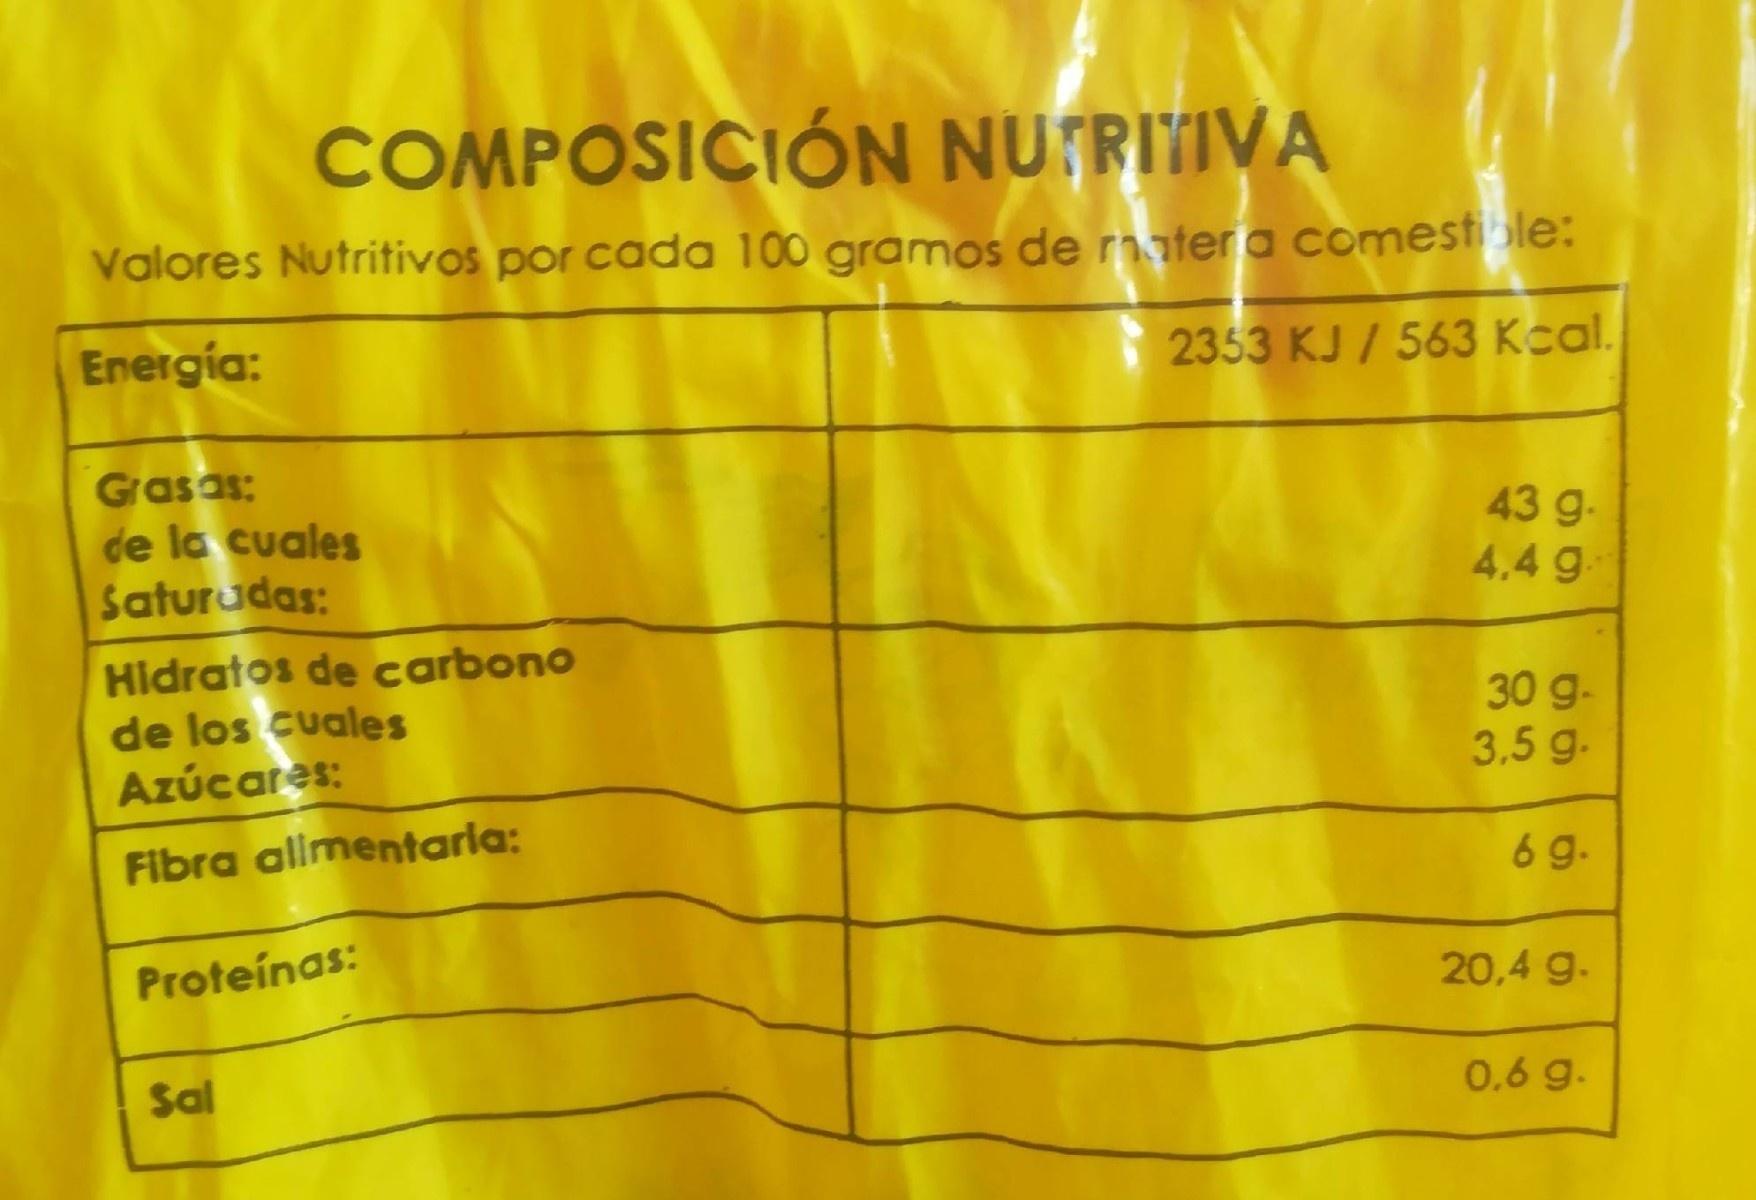
COMPOSICIÓN NU RIIVA
Valores Nutritivos por cada 100 gramos de rnater a comestible:
Energia:
2353 KJ / 563 Kcal.
Grasas: de la cuales Saturudas:
43 g- 4.4 g-
Hidratos de carbono de los cuales Azúcares:
30 g- 3,5 g.
Fibra allmentarla:
6 g.
Proteínas:
20.4 g.
Sal
0.6 g.